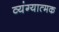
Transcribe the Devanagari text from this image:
व्‍यंग्‍यात्‍मक